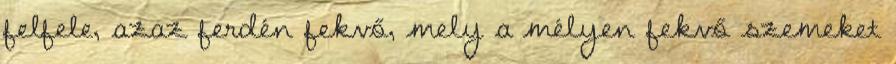
felfele, azaz ferdén fekvő, mely a mélyen fekvő szemeket